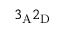
3 _ { \mathrm { A } } 2 _ { \mathrm { D } }